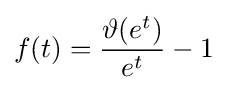
f(t)={\frac {\vartheta (e^{t})}{e^{t}}}-1